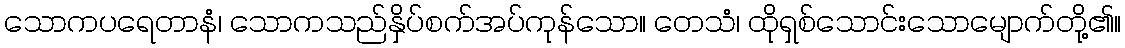
သောကပရေတာနံ၊ သောကသည်နှိပ်စက်အပ်ကုန်သော။ တေသံ၊ ထိုရှစ်သောင်းသောမျောက်တို့၏။